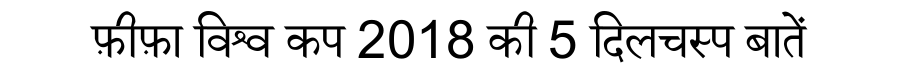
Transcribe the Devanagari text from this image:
फ़ीफ़ा विश्व कप 2018 की 5 दिलचस्प बातें